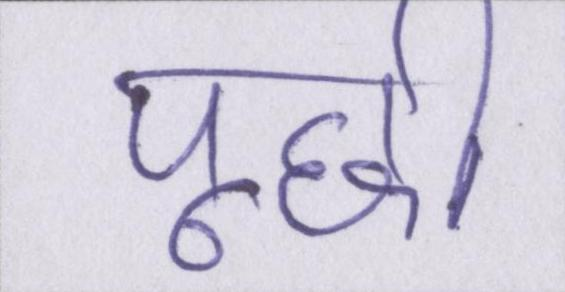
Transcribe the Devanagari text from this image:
पूछी